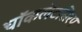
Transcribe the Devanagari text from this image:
चॉकलेटसिरप